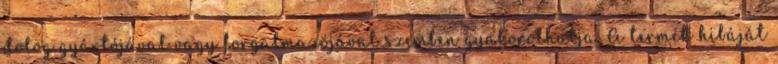
dolog gyártójával vagy forgalmazójával szemben gyakorolhatja. A termék hibáját